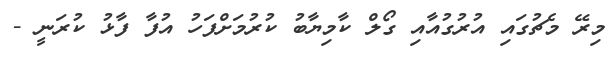
މިރޭ މެޗުގައި އުރުގުއާއި ގޯލް ކާމިޔާބު ކުރުމަށްފަހު އުފާ ފާޅު ކުރަނީ -